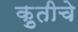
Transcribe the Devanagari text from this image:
कृुतीचे